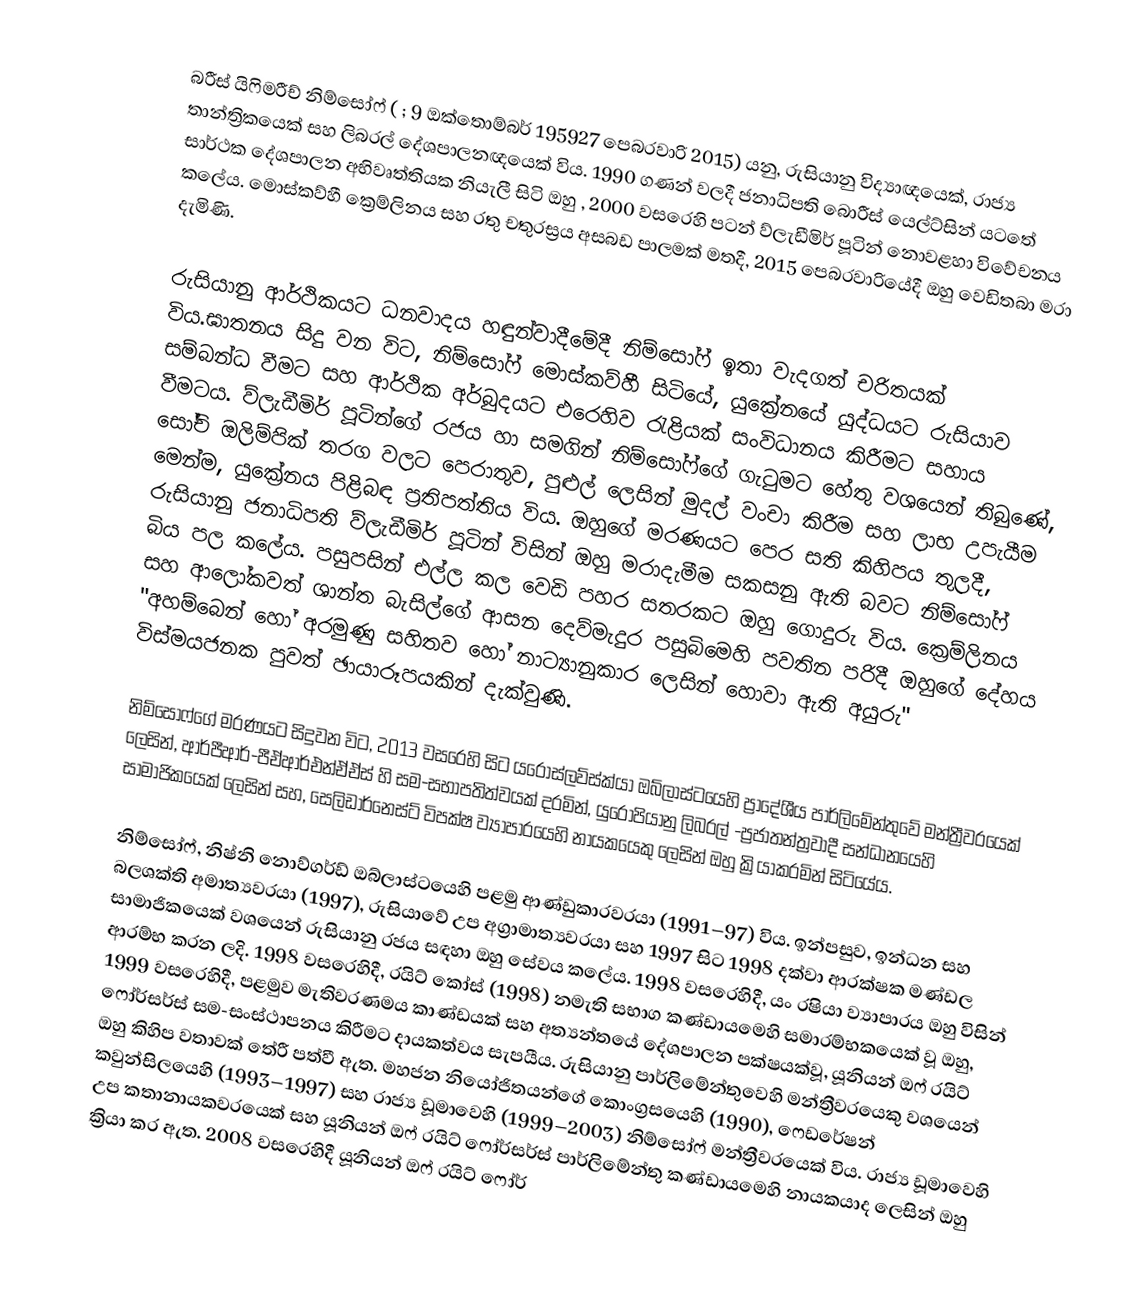
බරීස් යිෆිමරීච් නිම්සෝෆ් ( ; 9 ඔක්තොම්බර් 195927 පෙබරවාරි 2015) යනු, රුසියානු විද්‍යාඥයෙක්, රාජ්‍ය තාන්ත්‍රිකයෙක් සහ  ලිබරල් දේශපාලනඥයෙක් විය. 1990 ගණන් වලදී ජනාධිපති බොරීස් යෙල්ට්සින් යටතේ සාර්ථක දේශපාලන අභිවෘත්තියක නියැලී සිටි ඔහු , 2000 වසරෙහි පටන් ව්ලැඩීමිර් පූටින් නොවළහා විවේචනය කලේය. මොස්කව්හී  ක්‍රෙම්ලිනය සහ රතු චතුරස්‍රය  අසබඩ පාලමක් මතදී,   2015 පෙබරවාරියේදී  ඔහු වෙඩිතබා මරා දැමිණි.

රුසියානු ආර්ථිකයට ධනවාදය හඳුන්වාදීමේදී නිම්සෝෆ්  ඉතා වැදගත් චරිතයක් විය.ඝාතනය සිදු වන විට, නිම්සෝෆ්  මොස්කව්හී සිටියේ,  යුක්‍රේනයේ යුද්ධයට  රුසියාව සම්බන්ධ වීමට සහ ආර්ථික අර්බුදයට එරෙහිව රැළියක් සංවිධානය කිරීමට සහාය වීමටය. ව්ලැඩීමිර් පූටින්ගේ රජය හා සමගින් නිම්සෝෆ්ගේ ගැටුමට හේතු වශයෙන් තිබුණේ,    සෝචි ඔලිම්පික් තරග වලට පෙරාතුව, පුළුල් ලෙසින්  මුදල් වංචා කිරීම සහ ලාභ උපැයීම මෙන්ම, යුක්‍රේනය පිළිබඳ ප්‍රතිපත්තිය විය. ඔහුගේ මරණයට පෙර සති කිහිපය තුලදී, රුසියානු ජනාධිපති ව්ලැඩීමිර් පූටින් විසින් ඔහු මරාදැමීම සකසනු ඇති බවට  නිම්සෝෆ්  බිය පල කලේය.  පසුපසින් එල්ල කල වෙඩි පහර සතරකට ඔහු ගොදුරු විය. ක්‍රෙම්ලිනය සහ ආලෝකවත් ශාන්ත බැසිල්ගේ ආසන දෙව්මැදුර පසුබිමෙහි පවතින පරිදී ඔහුගේ දේහය "අහම්බෙන් හෝ අරමුණු සහිතව හෝ නාට්‍යානුකාර ලෙසින් හොවා ඇති අයුරු" විස්මයජනක පුවත් ඡායාරූපයකින් දැක්වුණි.

නිම්සෝෆ්ගේ මරණයට සිදුවන විට,   2013 වසරෙහි සිට  යරොස්ලව්ස්ක්යා ඔබ්ලාස්ටයෙහි  ප්‍රාදේශීය පාර්ලිමේන්තුවේ මන්ත්‍රීවරයෙක් ලෙසින්, ආර්පීආර්-පීඒආර්එන්ඒඒස් හි සම-සභාපතිත්වයක් දරමින්, යුරෝපියානු ලිබරල් -ප්‍රජාතන්ත්‍රවාදී සන්ධානයෙහි සාමාජිකයෙක් ලෙසින් සහ, සෙලිඩාර්නෙස්ට් විපක්ෂ ව්‍යාපාරයෙහි නායකයෙකු ලෙසින් ඔහු ක්‍රියාකරමින් සිටියේය.

නිම්සෝෆ්,    නිෂ්නි නොව්ගර්ඩ් ඔබ්ලාස්ටයෙහි  පළමු ආණ්ඩුකාරවරයා (1991–97) විය. ඉන්පසුව,  ඉන්ධන සහ බලශක්ති අමාත්‍යවරයා (1997), රුසියාවේ උප අග්‍රාමාත්‍යවරයා සහ  1997 සිට 1998 දක්වා ආරක්ෂක මණ්ඩල සාමාජිකයෙක් වශයෙන් රුසියානු රජය සඳහා ඔහු සේවය කලේය. 1998 වසරෙහිදී, යං රෂියා ව්‍යාපාරය ඔහු විසින්  ආරම්භ කරන ලදි. 1998 වසරෙහිදී, රයිට් කෝස් (1998) නමැති සභාග කණ්ඩායමෙහි සමාරම්භකයෙක් වූ ඔහු, 1999 වසරෙහිදී, පළමුව මැතිවරණමය කාණ්ඩයක් සහ අත්‍යන්තයේ දේශපාලන පක්ෂයක්වූ,  යූනියන් ඔෆ් රයිට් ෆෝර්සර්ස් සම-සංස්ථාපනය කිරීමට දායකත්වය සැපයීය. රුසියානු පාර්ලිමේන්තුවෙහි මන්ත්‍රීවරයෙකු වශයෙන් ඔහු කිහිප වතාවක් තේරී පත්වී ඇත.  මහජන නියෝජිතයන්ගේ කොංග්‍රසයෙහි (1990), ෆෙඩරේෂන් කවුන්සිලයෙහි (1993–1997) සහ රාජ්‍ය ඩූමාවෙහි (1999–2003) නිම්සෝෆ් මන්ත්‍රීවරයෙක් විය. රාජ්‍ය ඩූමාවෙහි උප කතානායකවරයෙක් සහ  යූනියන් ඔෆ් රයිට් ෆෝර්සර්ස් පාර්ලිමේන්තු කණ්ඩායමෙහි නායකයාද ලෙසින් ඔහු ක්‍රියා කර ඇත. 2008 වසරෙහිදී යූනියන් ඔෆ් රයිට් ෆෝර්